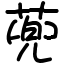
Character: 蔸